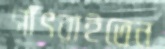
সাঁৎরাইতেন